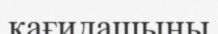
қағидашыны